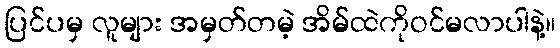
ပြင်ပမှ လူများ အမှတ်တမဲ့ အိမ်ထဲကိုဝင်မလာပါနဲ့။